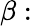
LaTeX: \beta: